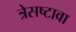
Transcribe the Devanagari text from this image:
त्रेसष्टावा